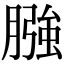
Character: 膙